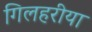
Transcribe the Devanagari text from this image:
गिलहरीया